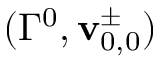
( \Gamma ^ { 0 } , \mathbf { v } _ { 0 , 0 } ^ { \pm } )